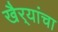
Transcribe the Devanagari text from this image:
खैर्‍यांचा